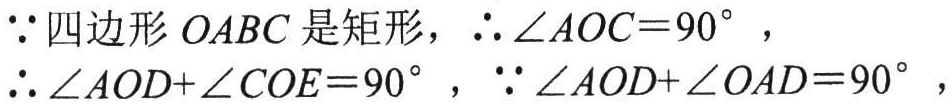
$\because$四边形$OABC$是矩形，$\therefore \angle AOC = 90^{\circ}$，

$\therefore \angle AOD+\angle COE = 90^{\circ}$，$\because \angle AOD+\angle OAD = 90^{\circ}$，